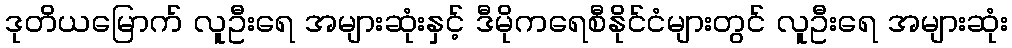
ဒုတိယမြောက် လူဦးရေ အများဆုံးနှင့် ဒီမိုကရေစီနိုင်ငံများတွင် လူဦးရေ အများဆုံး